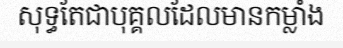
សុទ្ធតែជាបុគ្គលដែលមានកម្លាំង